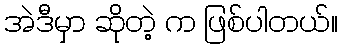
အဲဒီမှာ ဆိုတဲ့ က ဖြစ်ပါတယ်။